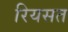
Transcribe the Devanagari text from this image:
रियसत